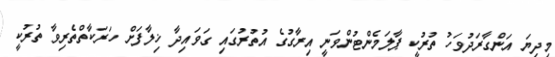
މިދިޔަ އަންގާރަދުވަހު ތުރުކީ ޕާލަމެންޓުންވަނީ އިރާގުގެ އުތުރުގައި ގަވައިދާ ޚިލާފަށް ހަރަކާތްތެރިވާ ތުރުކީ